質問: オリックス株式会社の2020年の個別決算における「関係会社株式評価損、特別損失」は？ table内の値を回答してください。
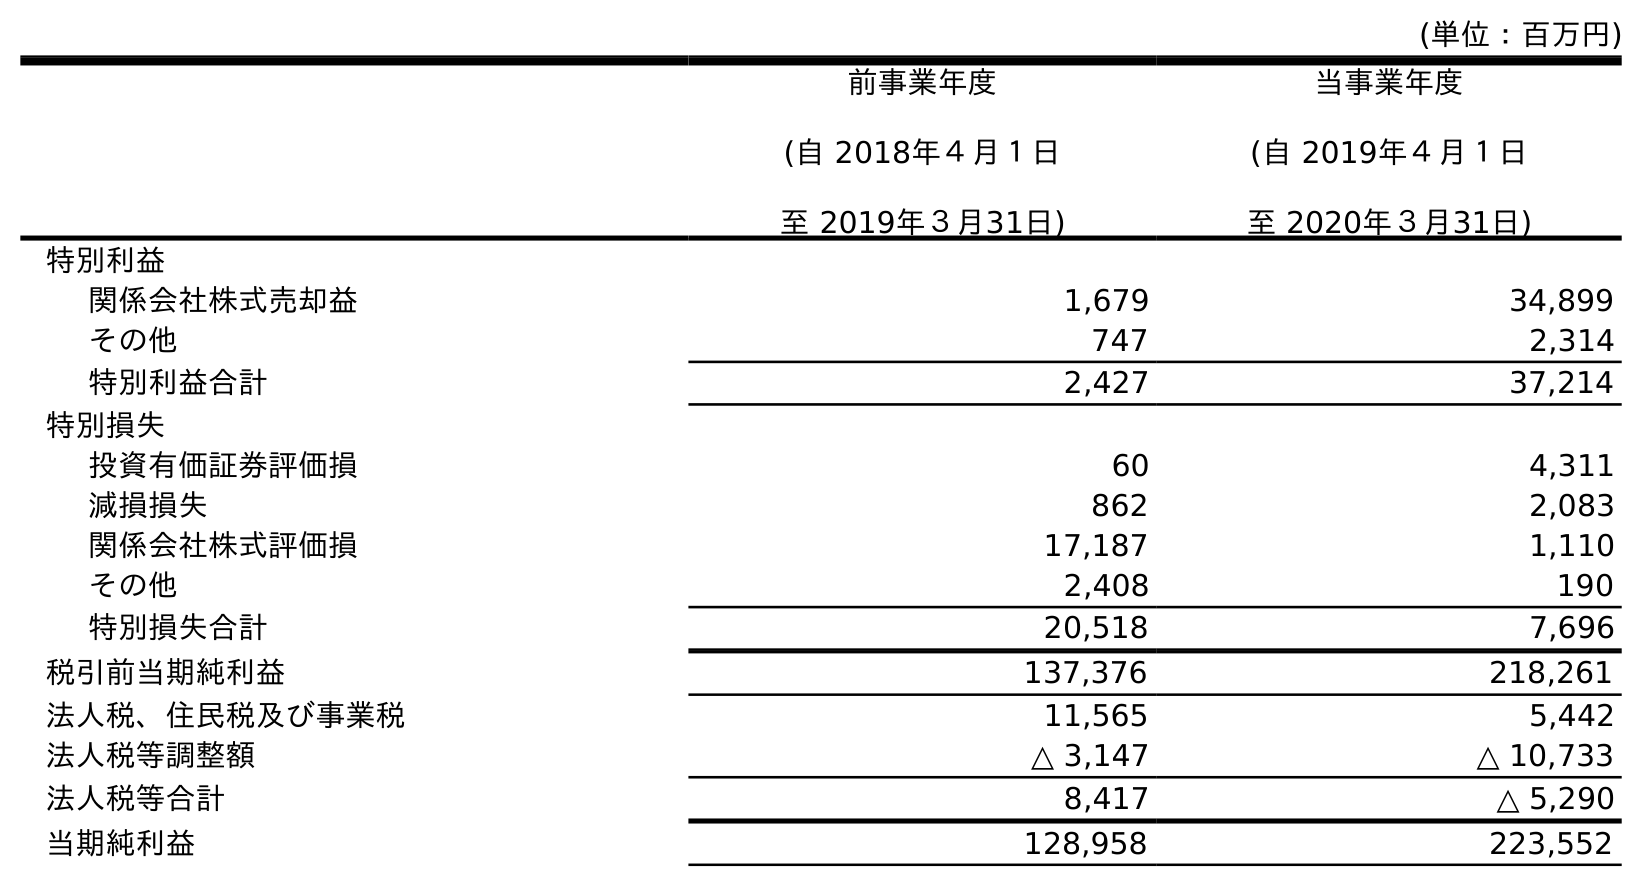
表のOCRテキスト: (単位：百万円) 前事業年度 (自 2018年４月１日 至 2019年３月31日) 当事業年度 (自 2019年４月１日 至 2020年３月31日) 特別利益 関係会社株式売却益 1,679 34,899 その他 747 2,314 特別利益合計 2,427 37,214 特別損失 投資有価証券評価損 60 4,311 減損損失 862 2,083 関係会社株式評価損 17,187 1,110 その他 2,408 190 特別損失合計 20,518 7,696 税引前当期純利益 137,376 218,261 法人税、住民税及び事業税 11,565 5,442 法人税等調整額 △ 3,147 △ 10,733 法人税等合計 8,417 △ 5,290 当期純利益 128,958 223,552
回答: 1,110